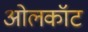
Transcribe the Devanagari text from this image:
ओलकॉट